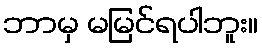
ဘာမှ မမြင်ရပါဘူး။